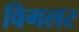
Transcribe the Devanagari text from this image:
विगलर